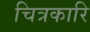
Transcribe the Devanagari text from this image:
चित्रकारि